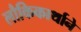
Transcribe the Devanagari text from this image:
लौकिकार्थाने